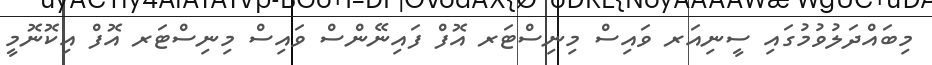
މިބައްދަލުވުމުގައި ސީނިއަރ ވައިސް މިނިސްޓަރ އޮފް ފައިނޭންސް ވައިސް މިނިސްޓަރ އޮފް އިކޮނޮމީ